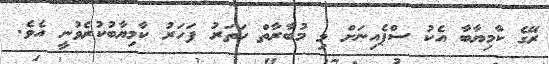
ރޭގެ ކާމިޔާބާ އެކު ސްޕެއިނަށް މި މުބާރާތް ހަތަރު ފަހަރު ކާމިޔާބުކުރެވުނީ އެވެ.